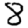
Digit: 8